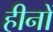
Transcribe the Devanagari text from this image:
हीनों